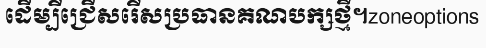
ដើម្បីជ្រើសរើសប្រធានគណបក្សថ្មី។zoneoptions